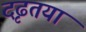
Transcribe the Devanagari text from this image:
दृढतया